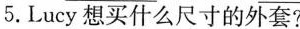
5.Lucy 想买什么尺寸的外套?